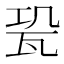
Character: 𤬳